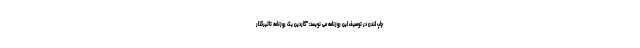
چاپ لندن در توصیف این روزنامه می نویسد: "گاردین یک روزنامه تاثیرگذار